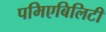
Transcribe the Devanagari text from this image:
पमिएबिलिटी